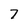
Character: 7